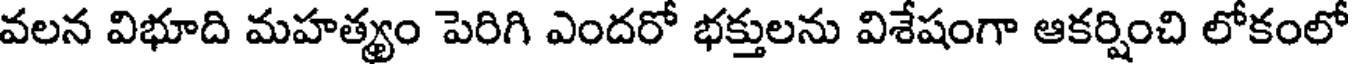
వలన విభూది మహత్యం పెరిగి ఎందరో భక్తులను విశేషంగా ఆకర్షించి లోకంలో